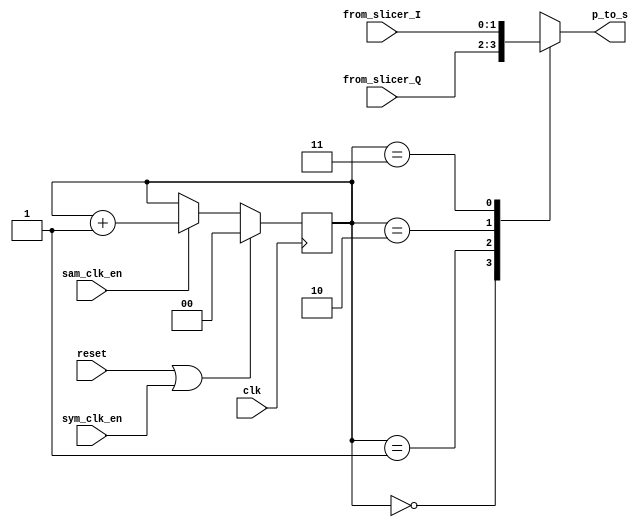
module parallel_to_serial(
    input wire clk, sam_clk_en, reset, sym_clk_en,
    input wire [1:0] from_slicer_I, from_slicer_Q,

    output reg p_to_s
);

reg [1:0] slice_I_delay, slice_Q_delay, slice_I_delay2, slice_Q_delay2;

always @ (posedge clk)
    if(sym_clk_en)
        slice_I_delay <= from_slicer_I;
    else
        slice_I_delay <= slice_I_delay;

always @ (posedge clk)
    if(sym_clk_en)
        slice_Q_delay <= from_slicer_Q;
    else
        slice_Q_delay <= slice_Q_delay;

always @ (posedge clk)
    if(sym_clk_en)
        slice_I_delay2 <= slice_I_delay;
    else
        slice_I_delay2 <= slice_I_delay2;

always @ (posedge clk)
    if(sym_clk_en)
        slice_Q_delay2 <= slice_Q_delay;
    else
        slice_Q_delay2 <= slice_Q_delay2;




reg [1:0] counter;


always @ (posedge clk)
    if(reset||sym_clk_en)
        counter <= 2'd0;
    else if(sam_clk_en)
        counter <= counter + 2'd1;
    else    
        counter <= counter;
        




always @ *
begin
    case(counter) // flip order
        2'd0: p_to_s = from_slicer_Q[1];
        2'd1: p_to_s = from_slicer_Q[0];
        2'd2: p_to_s = from_slicer_I[1];
        2'd3: p_to_s = from_slicer_I[0];
    endcase
end
endmodule